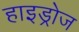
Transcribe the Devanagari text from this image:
हाइड्रोज